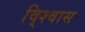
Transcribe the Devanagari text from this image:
वि्श्वास